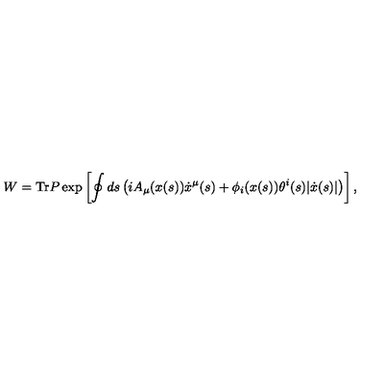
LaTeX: W = \mathrm { T r } P \exp \left[ \oint d s \left( i A _ { \mu } ( x ( s ) ) \dot { x } ^ { \mu } ( s ) + \phi _ { i } ( x ( s ) ) \theta ^ { i } ( s ) | \dot { x } ( s ) | \right) \right] ,